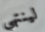
لينتهي